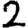
Digit: 2